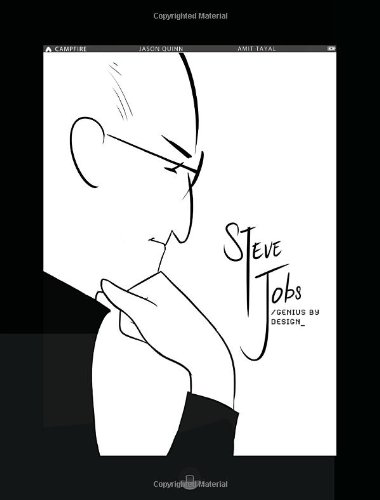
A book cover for Steve Jobs: Genius by Design: Campfire Biography-Heroes Line (Campfire Graphic Novels); Jason Quinn; Children's Books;